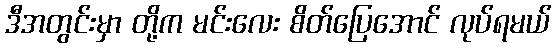
ဒီအတွင်းမှာ တို့က မင်းလေး စိတ်ပြေအောင် လုပ်ရမယ်